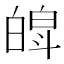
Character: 𤾍